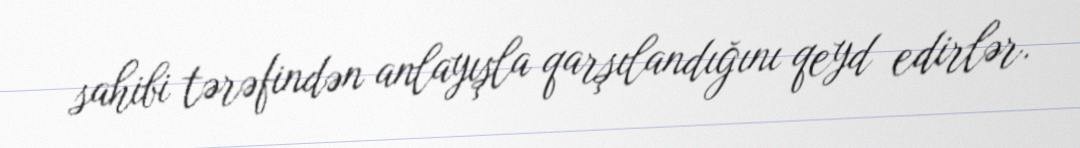
sahibi tərəfindən anlayışla qarşılandığını qeyd edirlər.